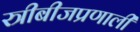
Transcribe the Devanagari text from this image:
स्त्रीबीजप्रणाली